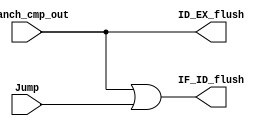
`timescale 1ns / 1ps
module BranchandJump(
input wire Branch_cmp_out,
input wire Jump,
output wire IF_ID_flush,
output wire ID_EX_flush
    );
    assign IF_ID_flush=Branch_cmp_out||Jump;
    assign ID_EX_flush=Branch_cmp_out;
endmodule